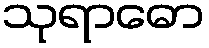
သုရာဓော